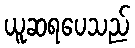
ယူဆရပေသည်